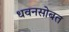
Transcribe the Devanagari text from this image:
धवनसोबत